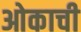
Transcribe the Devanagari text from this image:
ओकाची